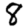
Digit: 8